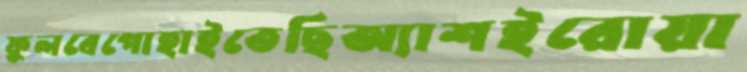
ফুলবেপোহাইতেছিঅ্যাশইরোয়া